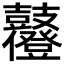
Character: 𪔶